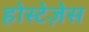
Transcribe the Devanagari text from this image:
होस्टेज़ेस